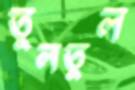
তুলতুল